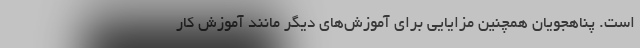
است. پناهجویان همچنین مزایایی برای آموزش‌های دیگر مانند آموزش کار